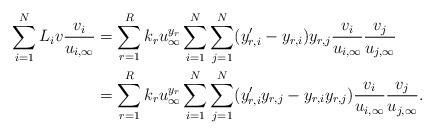
LaTeX: \begin{align*}\begin{aligned}\sum_{i=1}^NL_iv\frac{v_i}{u_{i,\infty}} &= \sum_{r=1}^Rk_ru_{\infty}^{y_r}\sum_{i=1}^{N}\sum_{j=1}^{N}(y_{r,i}' - y_{r,i})y_{r,j}\frac{v_i}{u_{i,\infty}}\frac{v_j}{u_{j,\infty}}\\&= \sum_{r=1}^Rk_ru_{\infty}^{y_r}\sum_{i=1}^{N}\sum_{j=1}^{N}(y_{r,i}'y_{r,j} - y_{r,i}y_{r,j})\frac{v_i}{u_{i,\infty}}\frac{v_j}{u_{j,\infty}}.\end{aligned}\end{align*}